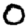
Digit: 0